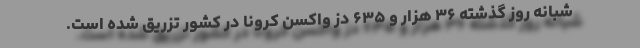
شبانه روز گذشته ۳۶ هزار و ۶۳۵ دُز واکسن کرونا در کشور تزریق شده است.